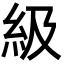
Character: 級